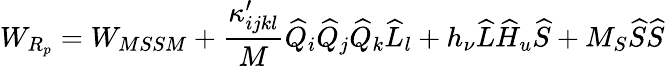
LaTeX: W_{R_{p}}=W_{MSSM}+\frac{\kappa_{ijkl}^{\prime}}{M}\widehat{Q}_{i}\widehat{Q}_{j}\widehat{Q}_{k}\widehat{L}_{l}+h_{\nu}\widehat{L}\widehat{H}_{u}\widehat{S}+M_{S}\widehat{S}\widehat{S}